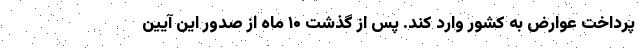
پرداخت عوارض به کشور وارد کند. پس از گذشت ۱۰ ماه از صدور این آیین